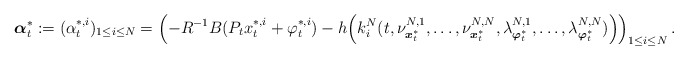
\begin{align*}\boldsymbol{\alpha}_t^*:=(\alpha_t^{*,i})_{1\leq i\leq N}=\left(-R^{-1}B(P_tx_t^{*,i}+\varphi_t^{*,i})-h\Big(k_i^N(t,\nu^{N,1}_{\boldsymbol{x}^*_t},\ldots,\nu^{N,N}_{\boldsymbol{x}^*_t},\lambda^{N,1}_{\boldsymbol{\varphi}^*_t},\ldots,\lambda^{N,N}_{\boldsymbol{\varphi}^*_t})\Big)\right)_{1\leq i\leq N}.\end{align*}